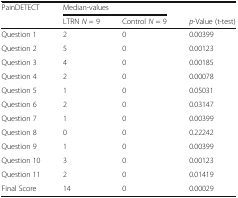
<table><thead><tr><td><b>PainDETECT</b></td><td colspan="2"><b>Median-values</b></td><td></td></tr><tr><td></td><td><b>LTRN <i>N</i> = 9</b></td><td><b>Control <i>N</i> = 9</b></td><td><b><i>p</i>-Value (t-test)</b></td></tr></thead><tbody><tr><td>Question 1</td><td>2</td><td>0</td><td>0.00399</td></tr><tr><td>Question 2</td><td>5</td><td>0</td><td>0.00123</td></tr><tr><td>Question 3</td><td>4</td><td>0</td><td>0.00185</td></tr><tr><td>Question 4</td><td>2</td><td>0</td><td>0.00078</td></tr><tr><td>Question 5</td><td>1</td><td>0</td><td>0.05031</td></tr><tr><td>Question 6</td><td>2</td><td>0</td><td>0.03147</td></tr><tr><td>Question 7</td><td>1</td><td>0</td><td>0.00399</td></tr><tr><td>Question 8</td><td>0</td><td>0</td><td>0.22242</td></tr><tr><td>Question 9</td><td>1</td><td>0</td><td>0.00399</td></tr><tr><td>Question 10</td><td>3</td><td>0</td><td>0.00123</td></tr><tr><td>Question 11</td><td>2</td><td>0</td><td>0.01419</td></tr><tr><td>Final Score</td><td>14</td><td>0</td><td>0.00029</td></tr></tbody></table>